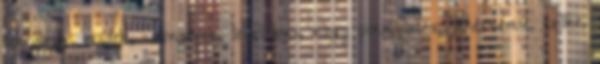
tinédzser, milfek, swingerek, leszbikus, nagy pina, latex, fehérnemű, szőke,